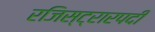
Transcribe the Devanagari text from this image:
रजिस्ट्रारपदी